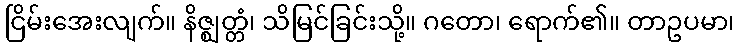
ငြိမ်းအေးလျက်။ နိဇ္ဈတ္တံ၊ သိမြင်ခြင်းသို့။ ဂတော၊ ရောက်၏။ တာဥပမာ၊